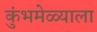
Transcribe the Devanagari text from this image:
कुंभमेळ्याला